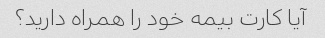
آیا کارت بیمه خود را همراه دارید؟